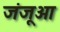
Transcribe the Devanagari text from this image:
जंजूआ